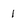
Character: 1